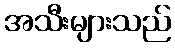
အသီးများသည်